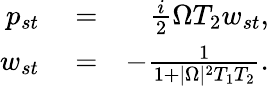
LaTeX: \begin{array}{rlr}{p_{st}}&{{}=}&{\frac{i}{2}\Omega T_{2}w_{st},}\\ {w_{st}}&{{}=}&{-\frac{1}{1+|\Omega|^{2}T_{1}T_{2}}.}\end{array}